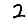
Digit: 2